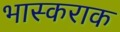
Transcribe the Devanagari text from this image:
भास्कराक